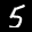
Label: 5